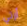
أرتي